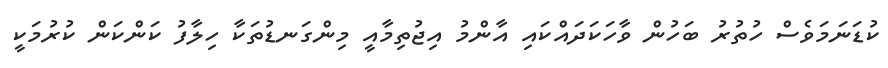
ކުޑަނަމަވެސް ހުތުރު ބަހުން ވާހަކަދައްކައި އާންމު އިޖުތިމާއީ މިންގަނޑުތަކާ ހިލާފު ކަންކަން ކުރުމަކީ